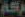
بكة